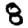
Digit: 8